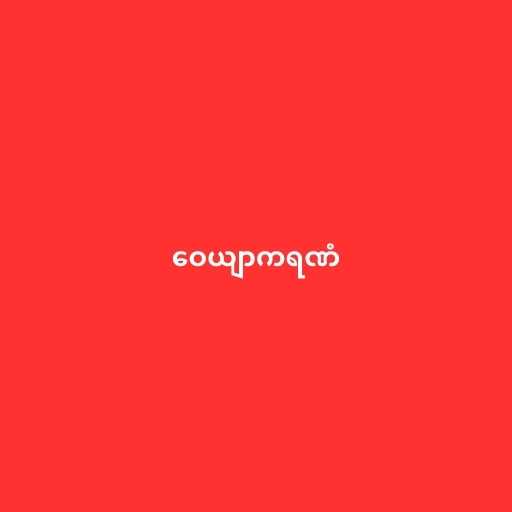
ဝေယျာကရဏံ